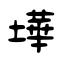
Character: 墷